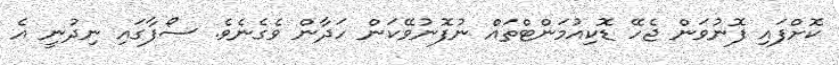
ކޮށްފައި ފޮނުވަން ޖެހޭ ޑޮކިއުމަންޓްތައް ނުފޮނުވޭކަން ހަދާން ވެގެނެވެ. ސޯފާގައި ނިދުނީ އެ